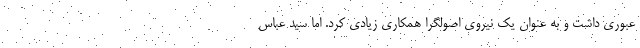
عبوری داشت و به عنوان یک نیروی اصولگرا همکاری زیادی کرد. اما سید عباس